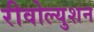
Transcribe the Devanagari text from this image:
रीवोल्युशन